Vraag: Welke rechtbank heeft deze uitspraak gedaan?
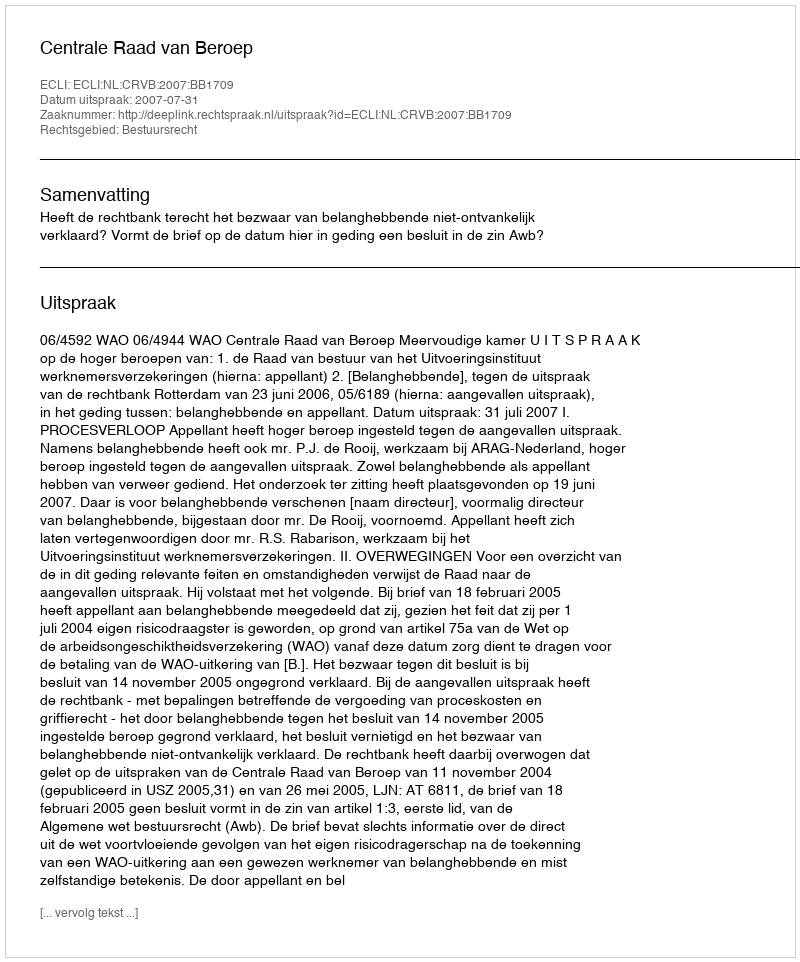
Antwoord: Centrale Raad van Beroep